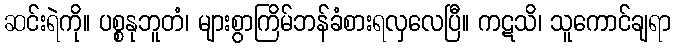
ဆင်းရဲကို။ ပစ္စနုဘူတံ၊ များစွာကြိမ်ဘန်ခံစားရလှလေပြီ။ ကဋသိ၊ သူကောင်ချရာ